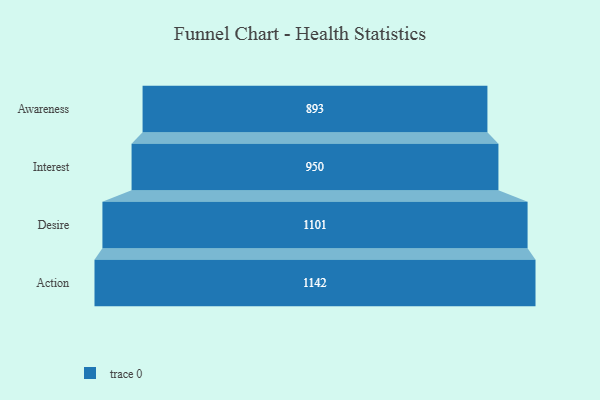
{"axis": {"x": "Stage", "y": "Value"}, "legend": [""], "data": [{"x": "Awareness", "y": 893.0, "type": ""}, {"x": "Interest", "y": 950.0, "type": ""}, {"x": "Desire", "y": 1101.0, "type": ""}, {"x": "Action", "y": 1142.0, "type": ""}]}